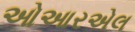
ઓઆરએલ